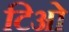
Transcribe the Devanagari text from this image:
टिओ